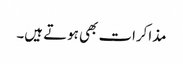
مذاکرات بھی ہوتے ہیں۔